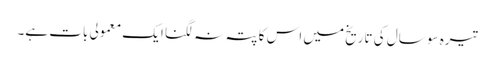
تیرہ سو سال کی تاریخ میں اس کا پتہ نہ لگنا ایک معمولی بات ہے۔